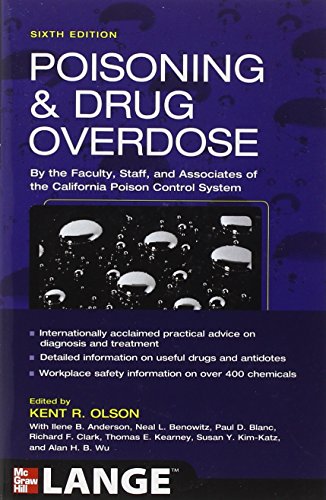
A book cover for Poisoning and Drug Overdose,  Sixth Edition (Poisoning & Drug Overdose); Kent Olson; Medical Books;